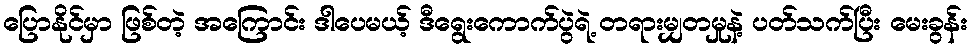
ပြောနိုင်မှာ ဖြစ်တဲ့ အကြောင်း ဒါပေမယ့် ဒီရွေးကောက်ပွဲရဲ့ တရားမျှတမှုနဲ့ ပတ်သက်ပြီး မေးခွန်း